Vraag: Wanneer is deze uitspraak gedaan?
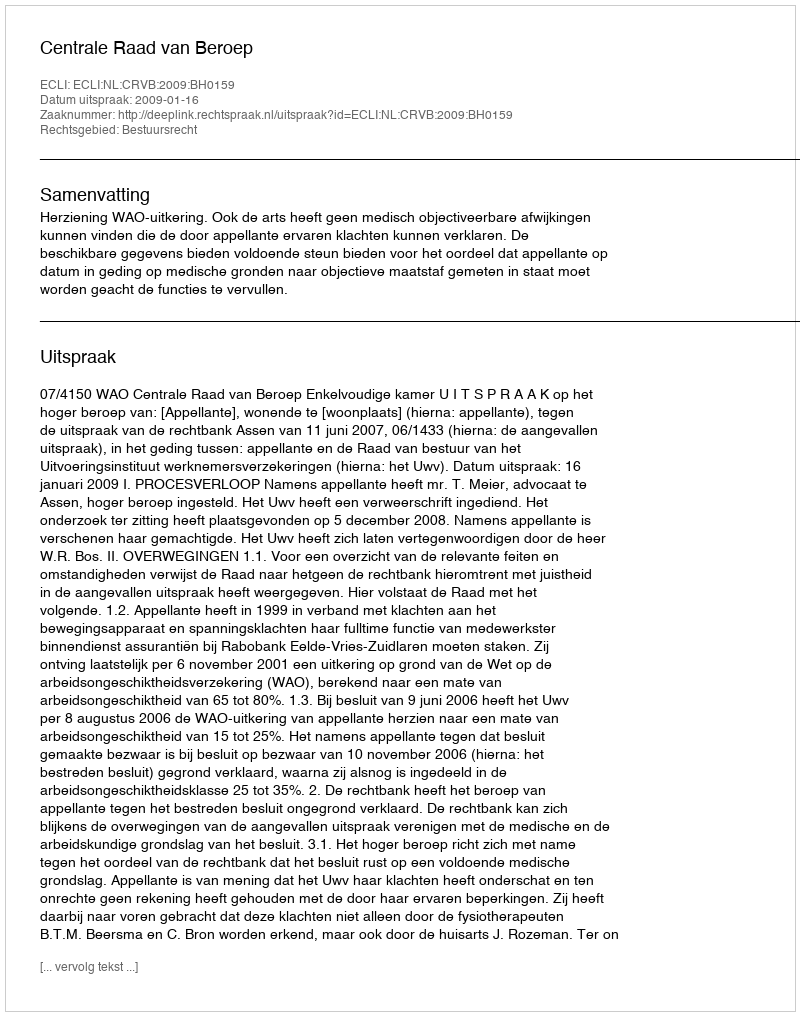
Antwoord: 2009-01-16